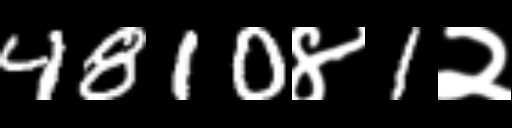
Text: 4810४1२